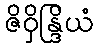
ဇိဝှိန္ဒြိယံ